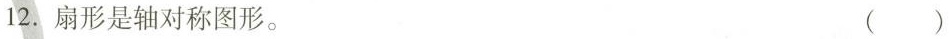
12.扇形是轴对称图形。 ()